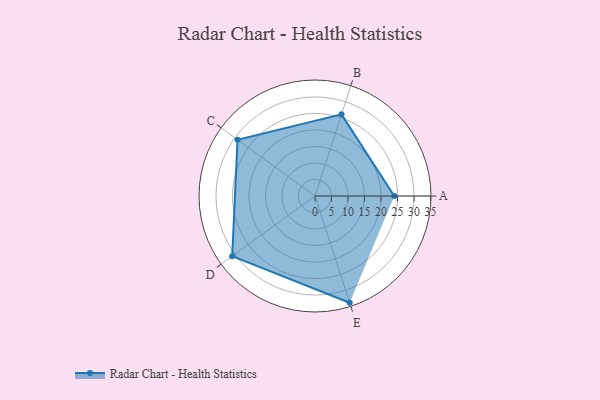
{"axis": {"x": "Skill", "y": "Score"}, "legend": ["Profile"], "data": [{"x": "A", "y": 24.0, "type": "Profile"}, {"x": "B", "y": 26.0, "type": "Profile"}, {"x": "C", "y": 29.0, "type": "Profile"}, {"x": "D", "y": 31.0, "type": "Profile"}, {"x": "E", "y": 34.0, "type": "Profile"}]}